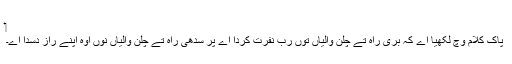
‏
پاک کلام وچ لکھیا اے کہ بُری راہ تے چلن والیاں توں رب نفرت کردا اے پر سدھی راہ تے چلن والیاں نُوں اوہ اپنے راز دسدا اے۔